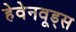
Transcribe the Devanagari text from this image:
हेवेनवूड्स